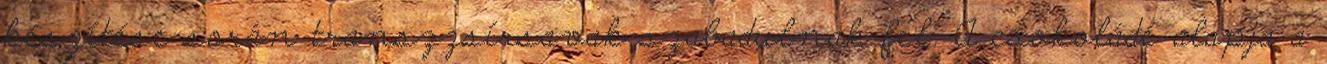
készítése során transzzsírsavak szabadulnak fel. A csokoládé alapja a